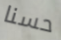
حسنا